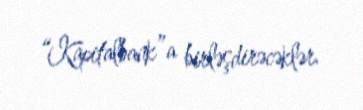
“Kapitalbank”a birləşdirəcəklər.